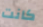
كانت